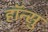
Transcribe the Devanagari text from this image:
हाॅन्सु